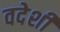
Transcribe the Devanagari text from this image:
वदेशी